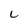
Character: i